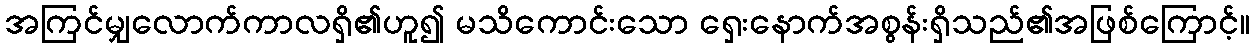
အကြင်မျှလောက်ကာလရှိ၏ဟူ၍ မသိကောင်းသော ရှေးနောက်အစွန်းရှိသည်၏အဖြစ်ကြောင့်။